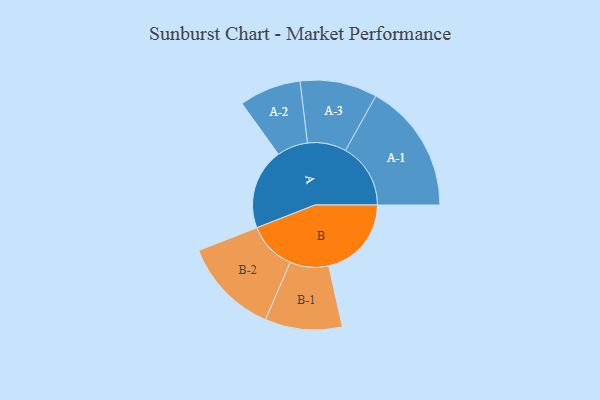
{"axis": {"x": "Segment", "y": "Value"}, "legend": ["", "A", "B"], "data": [{"x": "A", "y": 262, "type": ""}, {"x": "B", "y": 268, "type": ""}, {"x": "A-1", "y": 211, "type": "A"}, {"x": "A-2", "y": 100, "type": "A"}, {"x": "A-3", "y": 125, "type": "A"}, {"x": "B-1", "y": 125, "type": "B"}, {"x": "B-2", "y": 157, "type": "B"}]}